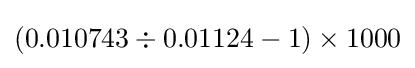
(0.010743\div 0.01124-1)\times 1000